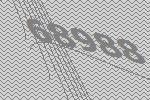
68988